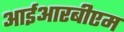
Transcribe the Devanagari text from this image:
आईआरबीएम